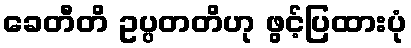
ခေတီတိ ဥပ္ပတတိဟု ဖွင့်ပြထားပုံ